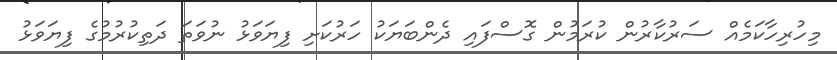
މިހުރިހާކަމެއް ސަރުކާރުން ކުރަމުން ގޮސްފައި ދެންބަޔަކު ހަރުކަށި ފިޔަވަޅު ނުވަތަ ދަތިކުރުމުގެ ފިޔަވަޅު